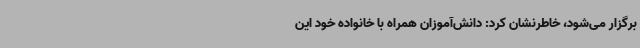
برگزار می‌شود، خاطرنشان کرد: دانش‌آموزان همراه با خانواده خود این